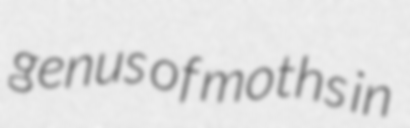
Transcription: genus of moths in